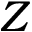
Z